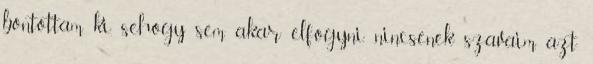
bontottam ki, sehogy sem akar elfogyni. nincsenek szavaim, azt